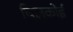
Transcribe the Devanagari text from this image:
चिलकोई